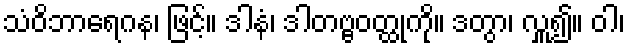
သံဝိဘာရေဂန၊ ဖြင့်။ ဒါနံ၊ ဒါတဗ္ဗဝတ္ထုကို။ ဒတွာ၊ လှူ၍။ ဝါ၊